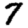
Digit: 7